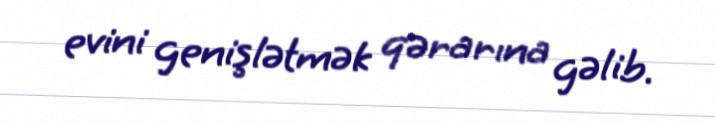
evini genişlətmək qərarına gəlib.